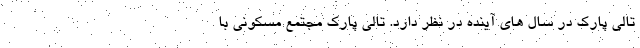
تالی پارک در سال های آینده در نظر دارد. تالی پارک مجتمع مسکونی با